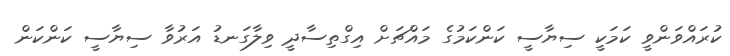
ކުރައްވަންވީ ކަމަކީ ސިޔާސީ ކަންކަމުގެ މައްޗަށް އިގްތިސާދީ ވިލާގަނޑު އަރުވާ ސިޔާސީ ކަންކަން